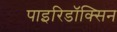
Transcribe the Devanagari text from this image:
पाइरिडॉक्सिन